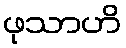
ဖုသာဟိ